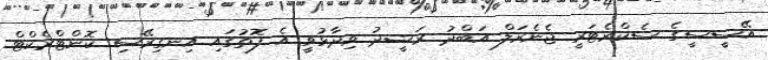
އޭސީސީގެ ސެކްރެޓަރީ ޖެނެރަލް އަބްދު ރަޝީދު ވިދާޅުވީ އެ ފޮތުގައި އިނގިރޭސި ކޮންޓްރެކްޓް